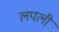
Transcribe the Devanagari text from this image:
लपली